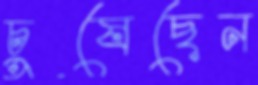
চুষেছেন